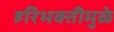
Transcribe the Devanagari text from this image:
हरिभक्तीमुळे